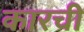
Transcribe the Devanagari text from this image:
कारची